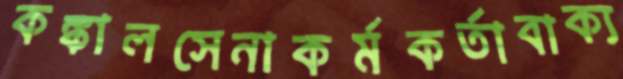
কঙ্কালসেনাকর্মকর্তাবাক্য